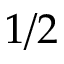
1 / 2